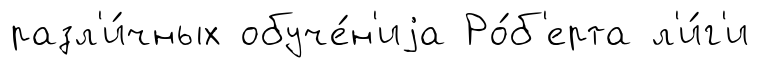
разл'и́чных обуче́н'иjа Ро́б'ерта л'и́г'и